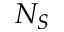
N _ { S }